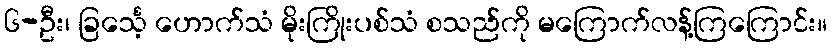
၆-ဦး၊ ခြင်္သေ့ ဟောက်သံ မိုးကြိုးပစ်သံ စသည်ကို မကြောက်လန့်ကြကြောင်း။